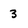
Character: 3